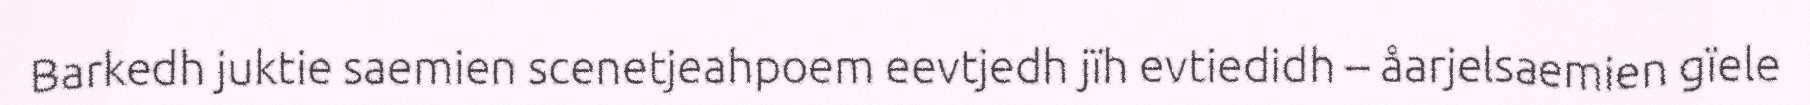
Barkedh juktie saemien scenetjeahpoem eevtjedh jïh evtiedidh – åarjelsaemien gïele